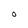
Character: O